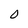
Character: 0